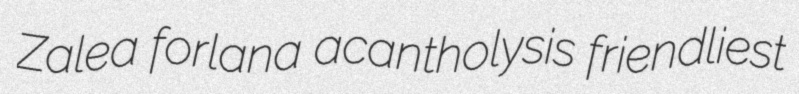
Zalea forlana acantholysis friendliest